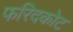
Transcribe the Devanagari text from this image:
फरिदकोट